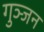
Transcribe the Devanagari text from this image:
गुञ्जन